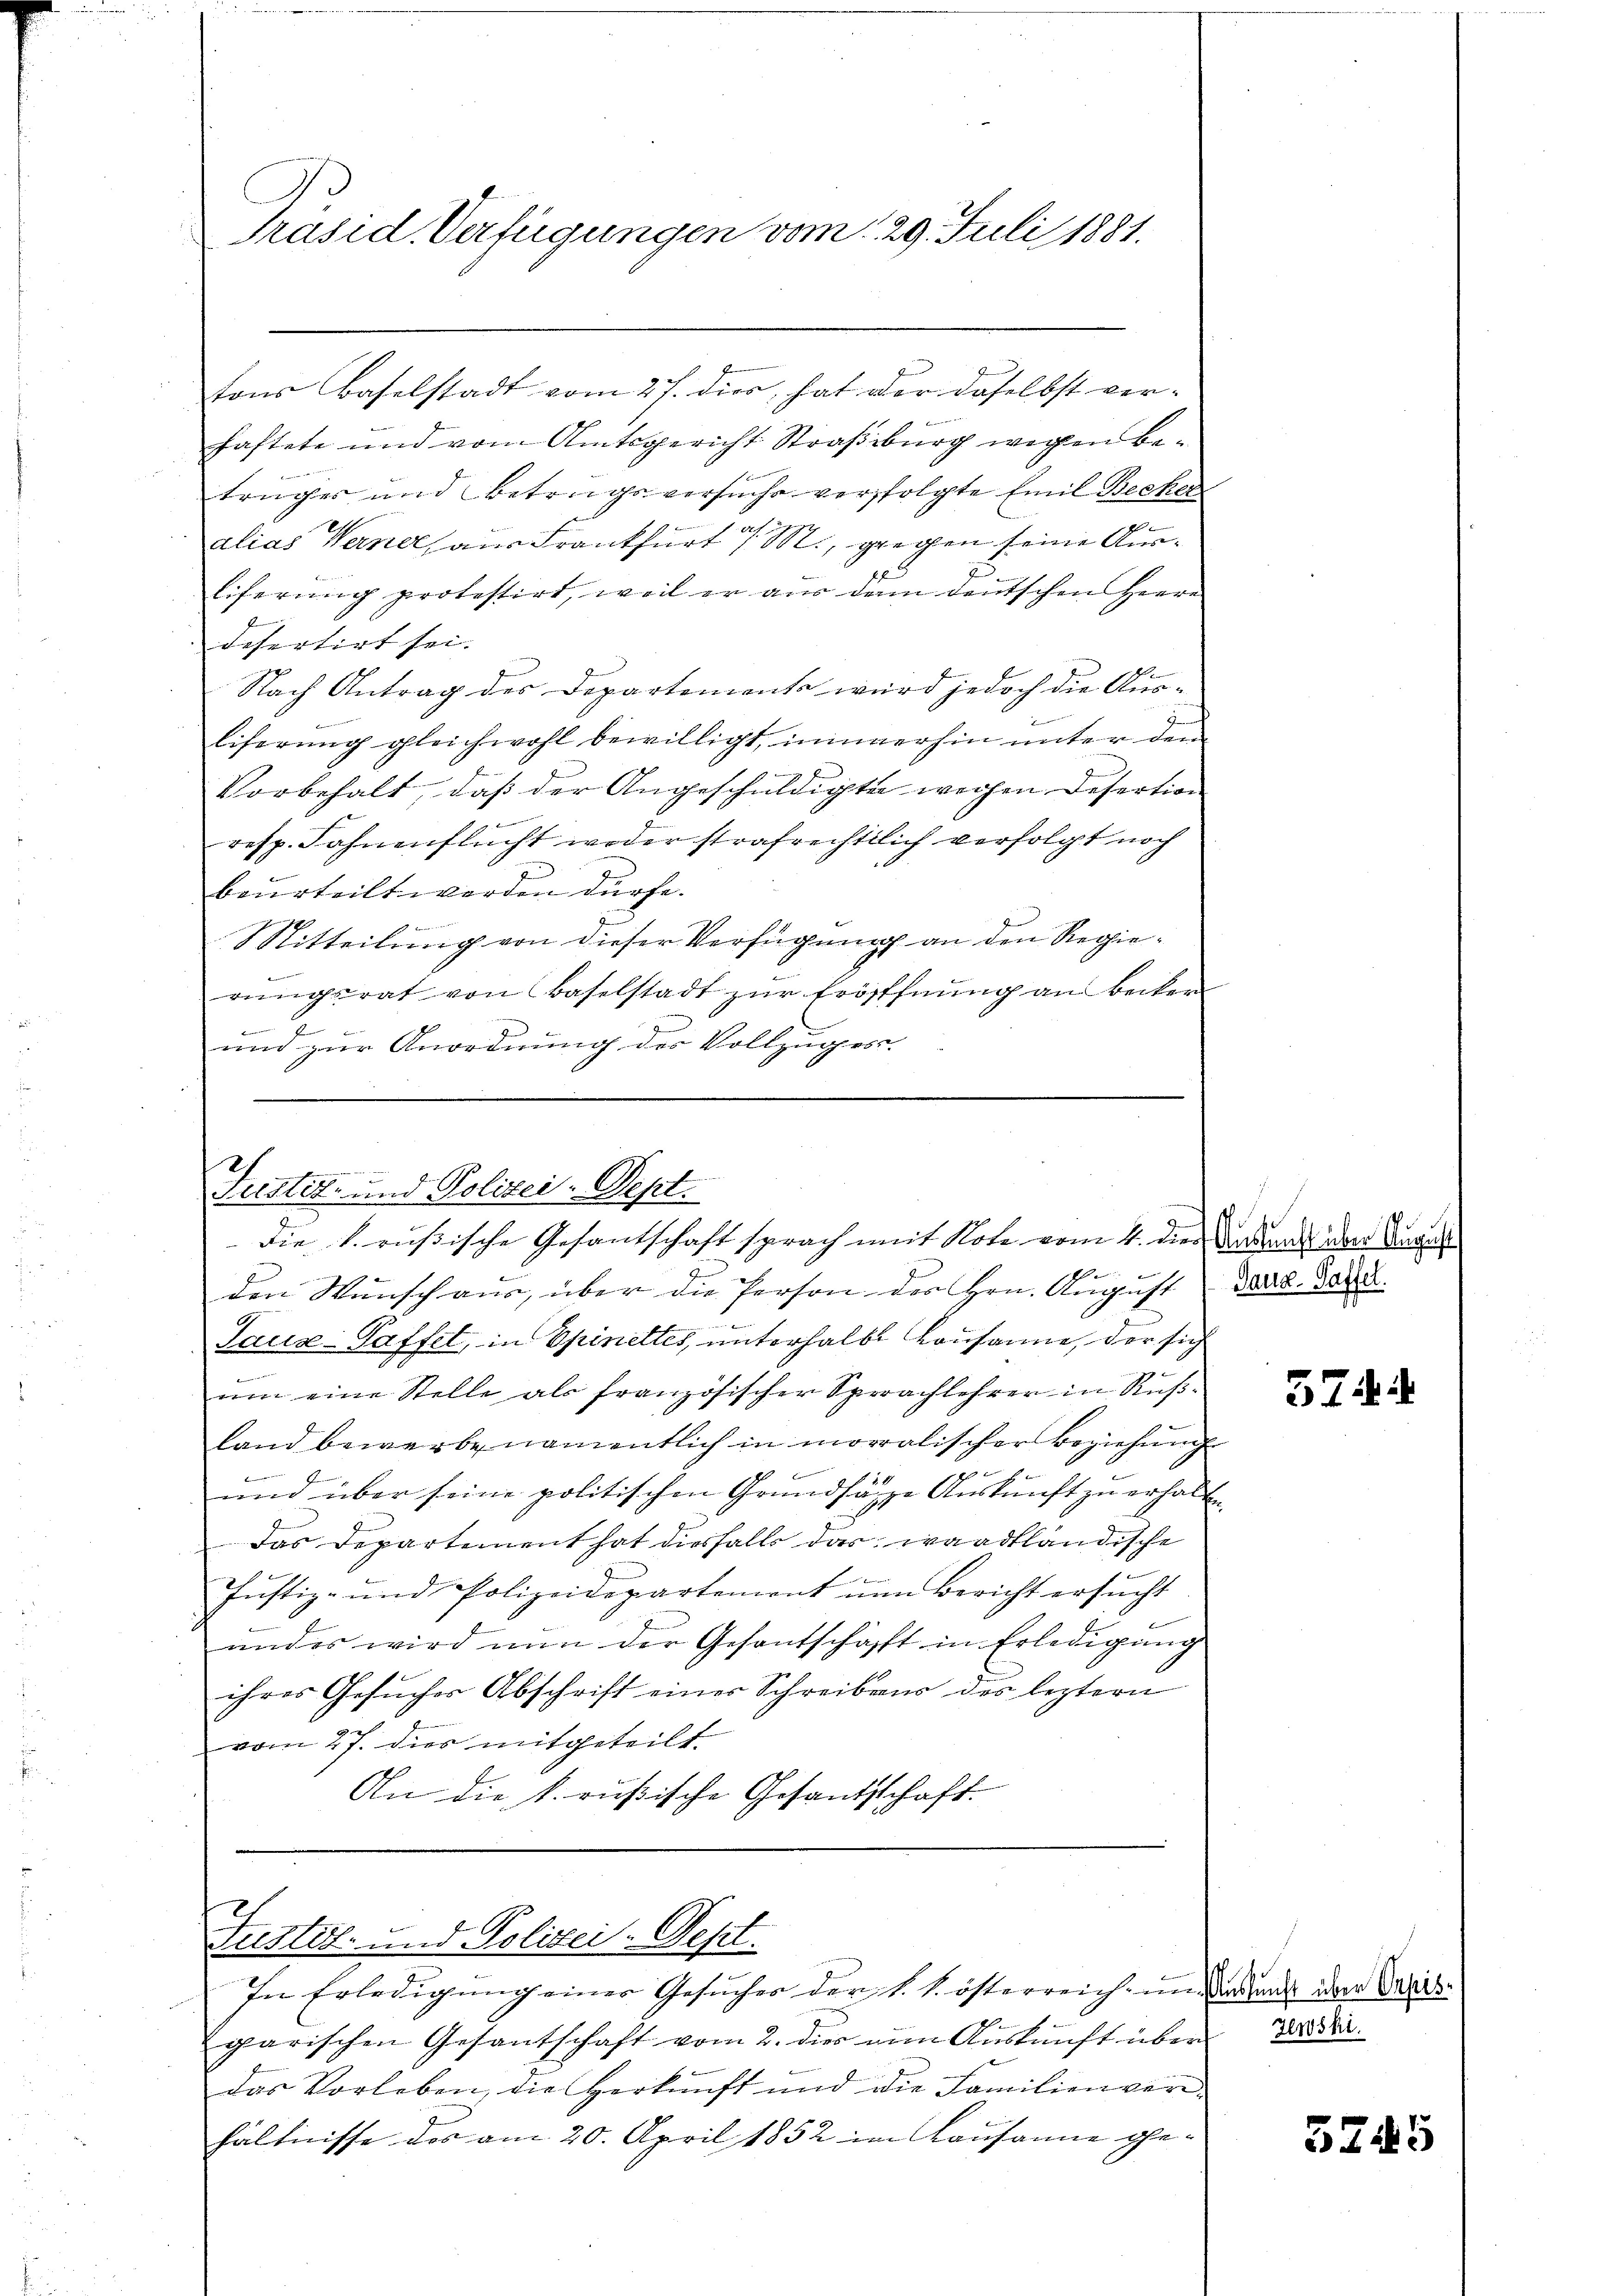
Präsid. Verfügungen vom 29. Juli 1881.

tons Baselstadt vom 27. dies, hat der daselbst ver-
haftete und vom Amtsgericht Straßburg wegen Betrüger und Betrugsversuche verfolgte Emil Becker
g
alias Werner, aus Frankfurt 7 M., gegen seine Aus¬
Eiferung protestirt, weil er aus denn deutschen Herre
defertirt sei.
Nach Antrag des Departements wird jedoch die Aus-
2
liserung gleichwohl bewilligt, immerhin unter dem

Vorbehalt, daß der Angeschuldigte wegen Desertion
resp. Fahnenflucht weder strafrechtlich verfolgt noch
beurteilt werden dürfe.
Mitteilung von dieser Verfügung an den Regierungsrat von Baselstadt zur Eröffnung an Becker
i
und zur Anordnung des Vollzuges.

e
den Wunsch aus, über die Person des Hrn. August
Lauz-Paffel, in Opinettes, unterhalbe Kausanne, der sich
um eine Stelle als französischer Sprachlehrer in Rußland bewerbe namentlich in moralischer Beziehung
dinien in den
J
und über seine politischen Grundsätze Auskunft zu erhalte
Das Departement hat diesfalls das waadtländische
n
Justiz- und Polizeidepartement nun Bericht ersŭcht
und es wird nun der Gesantschafft in Erledigung
ihres Gesuches Abschrift eines Schreibens des leztern
vom 27. dies mitgeteilt.
An die k. rußische Gesandtschaft.

D
Justiz- und Polizei-Dept.
Die 1. eußische Gesantschaft sprach mit Note vom 4. dies Vertrag der Anga

Justiz- und Polizei-Sept.

In Erledigung einer Gesuches der 1. k. österreich in dass der Preisgarischen Gesantschaft vom 2. dies am Auskunft über
das Vorleben, die Herkŭnft und die Familienver-
hältnisse des am 20. April 1852 im Lausanne ge-

Tanz-Paffel.

574.

Zewski.

5745